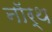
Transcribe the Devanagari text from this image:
नाॅर्थ